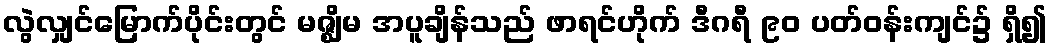
လွဲလျှင်မြောက်ပိုင်းတွင် မဇ္ဈိမ အပူချိန်သည် ဖာရင်ဟိုက် ဒီဂရီ ၉၀ ပတ်ဝန်းကျင်၌ ရှိ၍